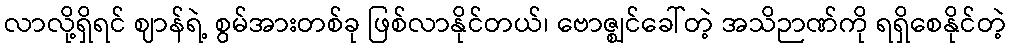
လာလို့ရှိရင် ဈာန်ရဲ့ စွမ်အားတစ်ခု ဖြစ်လာနိုင်တယ်၊ ဗောဇ္ဈင်ခေါ်တဲ့ အသိဉာဏ်ကို ရရှိစေနိုင်တဲ့